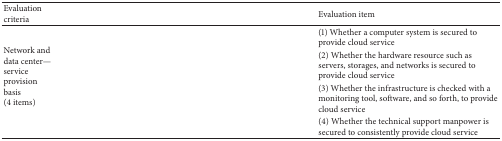
| Evaluation criteria | Evaluation item |
 | --- | --- |
 | <ROWSPAN=4> Network and data center—service provision basis (4 items) | (1) Whether a computer system is secured to provide cloud service |
 | (2) Whether the hardware resource such as servers, storages, and networks is secured to provide cloud service |
 | (3) Whether the infrastructure is checked with a monitoring tool, software, and so forth, to provide cloud service |
 | (4) Whether the technical support manpower is secured to consistently provide cloud service |